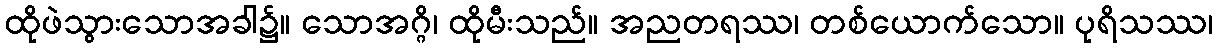
ထိုဖဲသွားသောအခါ၌။ သောအဂ္ဂိ၊ ထိုမီးသည်။ အညတရဿ၊ တစ်ယောက်သော။ ပုရိသဿ၊